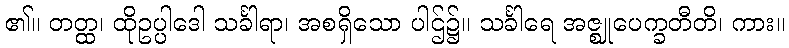
၏။ တတ္ထ၊ ထိုဥပ္ပါဒေါ သင်္ခါရာ၊ အစရှိသော ပါဌ်၌။ သင်္ခါရေ အဇ္ဈုပေက္ခတီတိ၊ ကား။